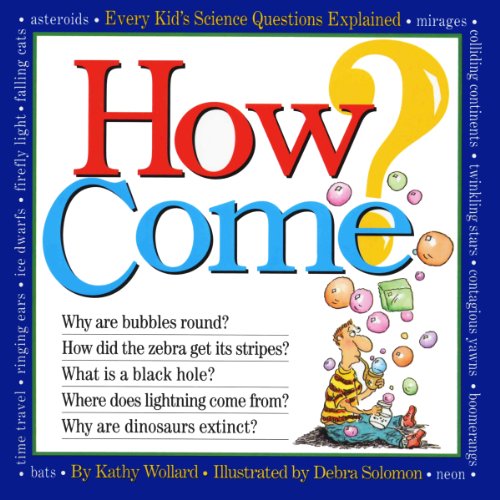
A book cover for How Come?; Kathy Wollard; Teen & Young Adult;